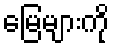
မြေများကို